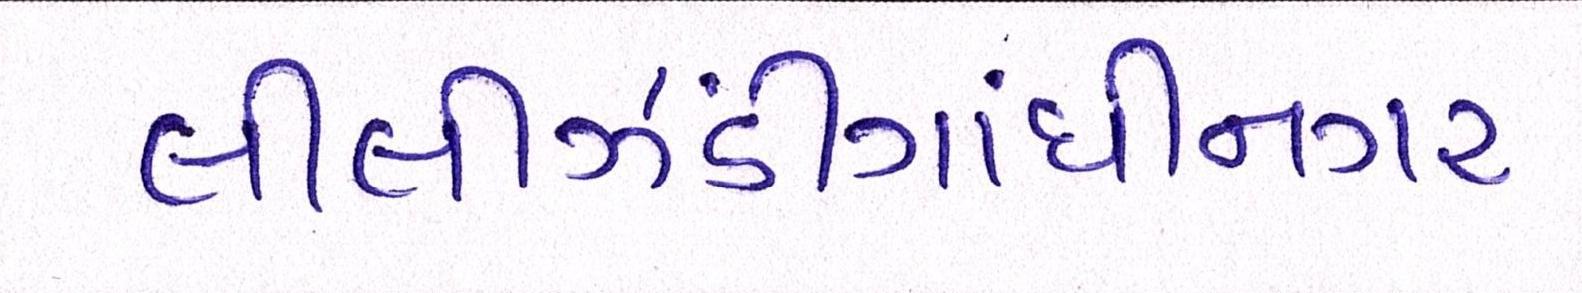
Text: લીલીઝંડીગાંધીનગર